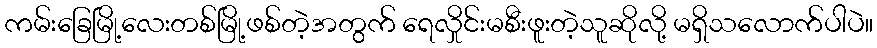
ကမ်းခြေမြို့လေးတစ်မြို့ဖစ်တဲ့အတွက် ရေလှိုင်းမစီးဖူးတဲ့သူဆိုလို့ မရှိသလောက်ပါပဲ။